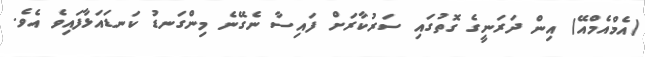
(އެމްއެމްއޭ) އިން ދަރަނީގެ ގޮތުގައި ސަރުކާރަށް ފައިސާ ނެގޭނެ މިންގަނޑު ކަނޑައަޅާފައިވެ އެވެ.